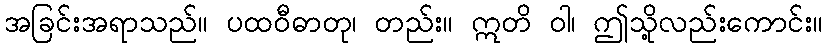
အခြင်းအရာသည်။ ပထဝီဓာတု၊ တည်း။ ဣတိ ဝါ၊ ဤသို့လည်းကောင်း။